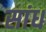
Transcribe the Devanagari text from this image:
सांध